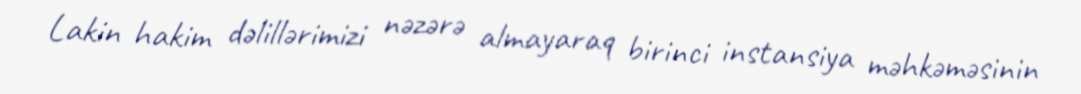
Lakin hakim dəlillərimizi nəzərə almayaraq birinci instansiya məhkəməsinin